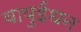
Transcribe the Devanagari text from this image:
वायुईंधन